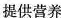
提供营养